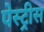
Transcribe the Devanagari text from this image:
पेस्ट्रीस